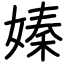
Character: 嫀